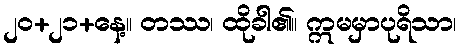
၂၀+၂၁+နေ့။ တဿ၊ ထိုခါ၏။ ဣမမှာပုရိသာ၊